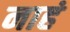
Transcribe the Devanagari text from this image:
नाहं